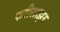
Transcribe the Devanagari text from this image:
फटीलाझर